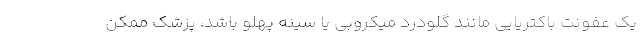
یک عفونت باکتریایی مانند گلودرد میکروبی یا سینه پهلو باشد، پزشک ممکن